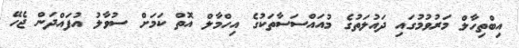
އިބްތިހާލް މަރުވުމުގައި ދައުލަތުގެ މުއައްސަސާތަކުގެ އިހްމާލް އޮތް ކަމަށް ސުވާލު އުފައްދަން ޖެހޭ